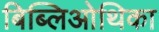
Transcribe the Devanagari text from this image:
बिब्लिओथिका